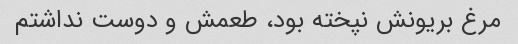
مرغ بریونش نپخته بود، طعمش و دوست نداشتم